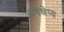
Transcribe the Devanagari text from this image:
अवक्षेप्य